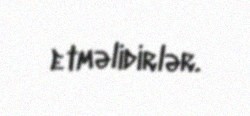
etməlidirlər.